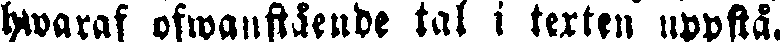
hwaraf ofwanstående tal i texten uppstå.